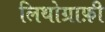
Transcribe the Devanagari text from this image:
लिथोग्राफ़ी